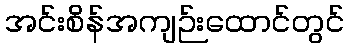
အင်းစိန်အကျဉ်းထောင်တွင်